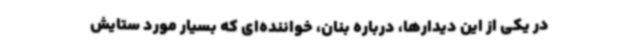
در یکی از این دیدارها، درباره بنان، خواننده‌ای که بسیار مورد ستایش